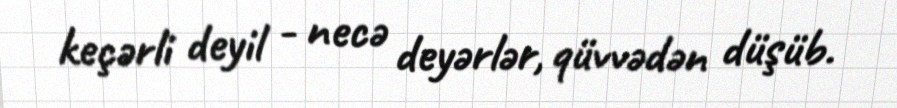
keçərli deyil - necə deyərlər, qüvvədən düşüb.